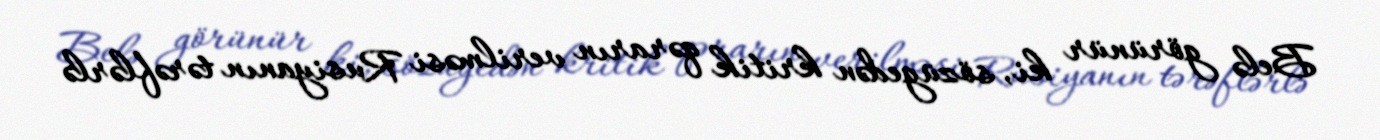
Belə görünür ki, sözügedən kritik qərarın verilməsi Rusiyanın tərəflərlə